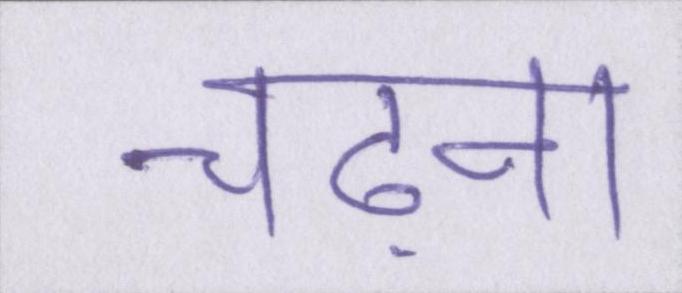
चढ़ना